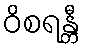
ဝိစရန္တီ